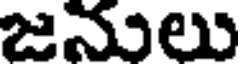
జనులు